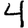
Digit: 4